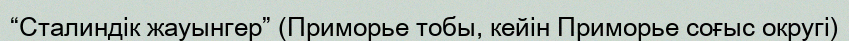
“Сталиндік жауынгер” (Приморье тобы, кейін Приморье соғыс округі)